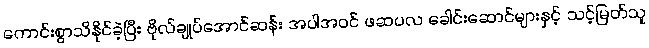
ကောင်းစွာသိနိုင်ခဲ့ပြီး ဗိုလ်ချုပ်အောင်ဆန်း အပါအဝင် ဖဆပလ ခေါင်းဆောင်များနှင့် သင့်မြတ်သူ